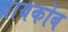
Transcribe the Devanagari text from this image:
वायकोंब